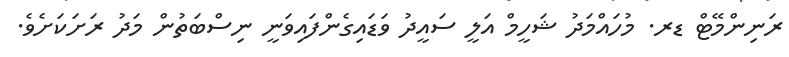
ރަނިންމޭޓް ޑރ. މުހައްމަދު ޝަހީމް އަލީ ސައީދު ވަޑައިގެންފައިވަނީ ނިސްބަތުން މަދު ރަށަކަށެވެ.